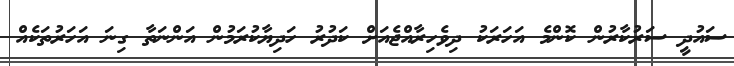
ސައުދީ ސަރުކާރުން ކޮންމެ އަހަރަކު ދިވެހިރާއްޖެއަށް ކަދުރު ހަދިޔާކުރަމުން އަންނަތާ ގިނަ އަހަރުތަކެއް